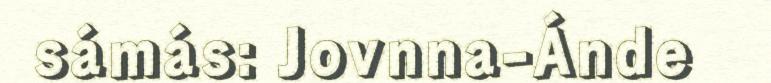
sámás: Jovnna-Ánde